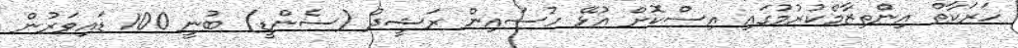
ހަރަކާތް އިންތިޒާމްކުރުމުގައި އިސްކޮށް އުޅޭ ހުސައިން ރަޝީދު (ސެންޑީ) ބުނީ 100 ޑައިވަރުން